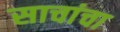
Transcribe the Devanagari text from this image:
साचांचा